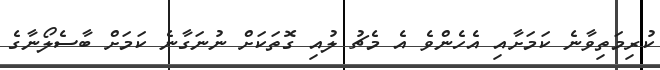
ކުރިމަތިވާނެ ކަމަށާއި އެހެންވެ އެ މެޗު ލުއި ގޮތަކަށް ނުނަގާނެ ކަމަށް ބާސެލޯނާގެ